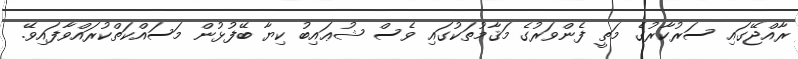
ރާއްޖޭގައި ސަރުކާރުގެ މަތީ ފެންވަރުގެ މަޤާމުތަކުގައި ވެސް ޝުޢައިބު ކިޔާ ބޭފުޅުން މަސައްކަތްކުރައްވާފައިވޭ.